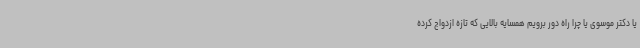
یا دکتر موسوی یا چرا راه دور برویم همسایه بالایی که تازه ازدواج کرده